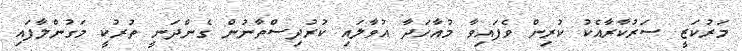
މަރުކަޒީ ސަރުކާރާއެކު ކުރިން ވެފައިވާ މުއާހަދާ އުވާލައި ކުރުދިސްތާނުން ގެންދަނީ ތުރުކީ މަގުންލާފައި